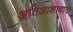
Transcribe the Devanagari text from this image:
अतिआशावाद